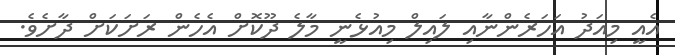
އެއީ މިއަދު އަހަރެންނާއި ލައިލް މިއުޅެނީ މާލެ ދޫކޮށް އެހެން ރަށަކަށް ދާށެވެ.